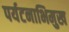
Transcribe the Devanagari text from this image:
पर्यटनाभिमुख